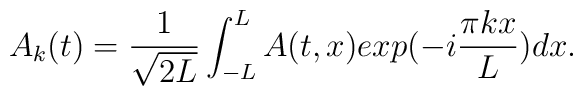
A_k(t)={1\over \sqrt {2L}} \int_{-L}^L A(t,x)exp(-i{\pi kx\over L})dx.